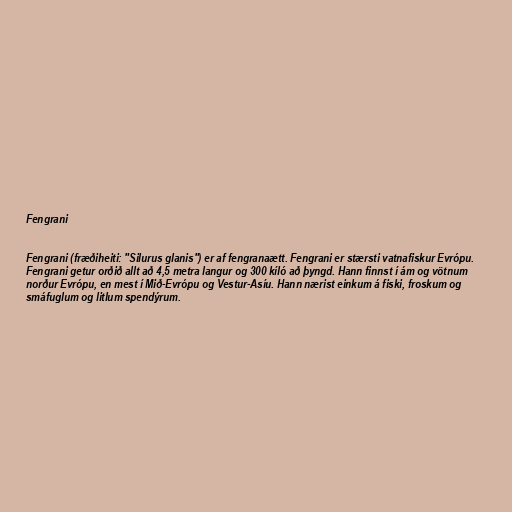
Fengrani

Fengrani (fræðiheiti: "Silurus glanis") er af fengranaætt. Fengrani er stærsti vatnafiskur Evrópu.
Fengrani getur orðið allt að 4,5 metra langur og 300 kíló að þyngd. Hann finnst í ám og vötnum
norður Evrópu, en mest í Mið-Evrópu og Vestur-Asíu. Hann nærist einkum á fiski, froskum og
smáfuglum og litlum spendýrum.